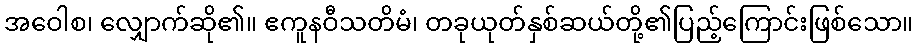
အဝေါစ၊ လျှောက်ဆို၏။ ဧကူနဝီသတိမံ၊ တခုယုတ်နှစ်ဆယ်တို့၏ပြည့်ကြောင်းဖြစ်သော။